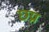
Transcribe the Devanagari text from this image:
छय्न